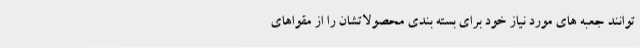
توانند جعبه های مورد نیاز خود برای بسته بندی محصولاتشان را از مقواهای